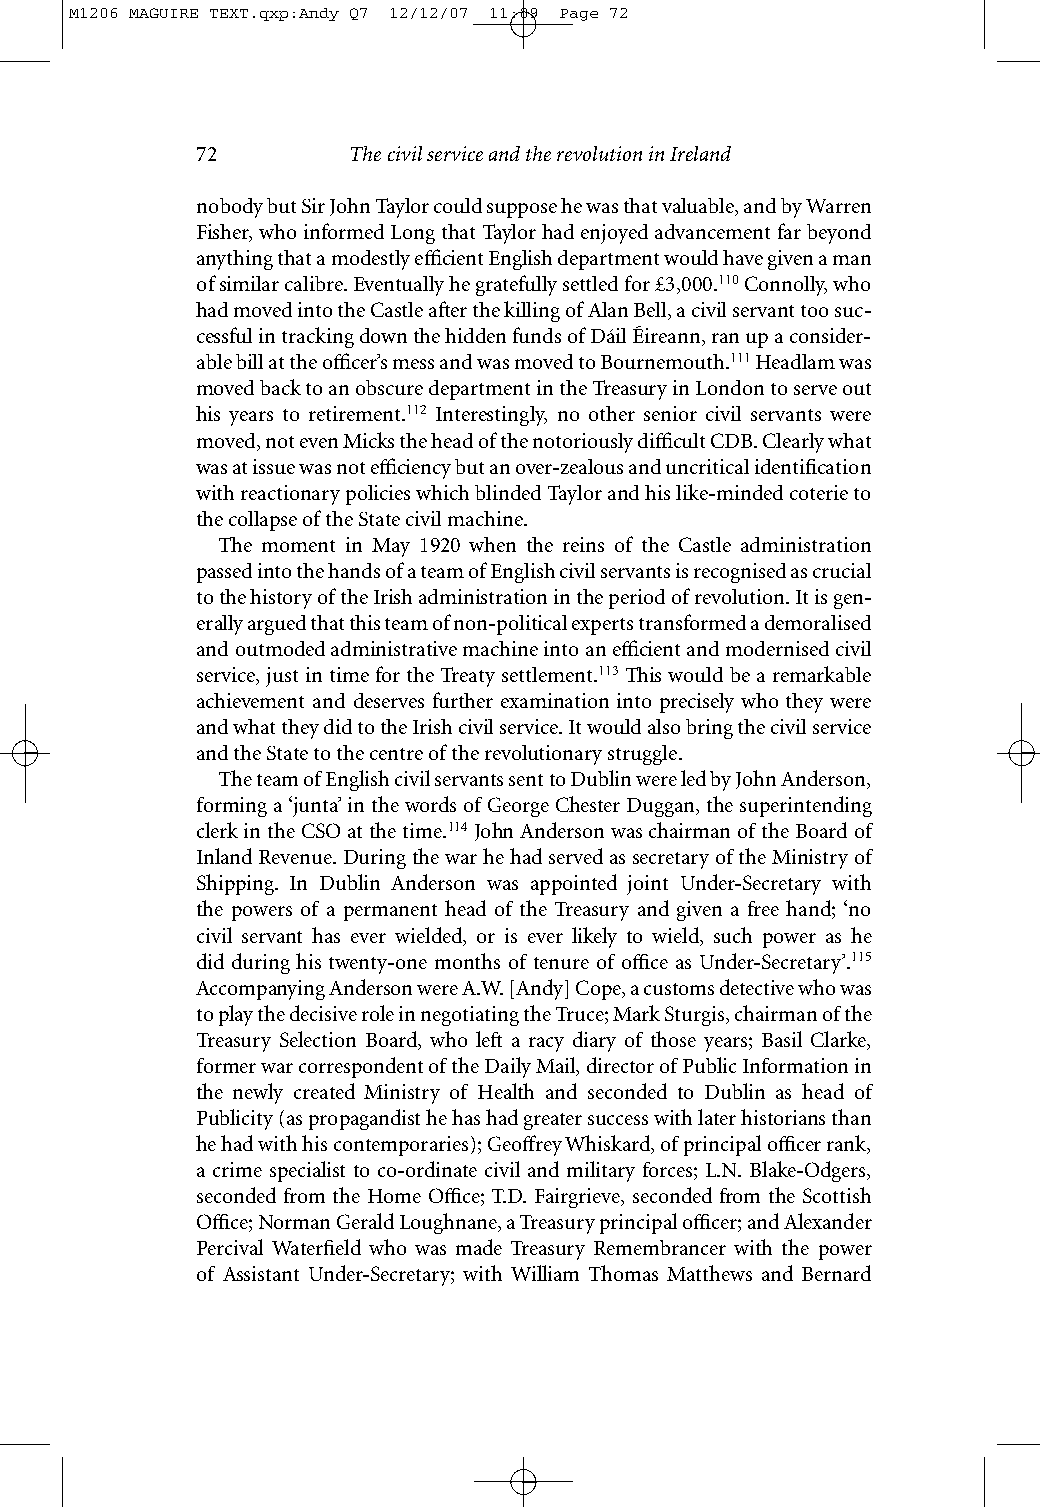
M1206 MAGUIRE TEXT.qxp:Andy Q7 12/12/07 11:09 Page 72
 72        The civil service and the revolution in Ireland
 nobody but Sir John Taylor could suppose he was that valuable, and by Warren
 Fisher, who informed Long that Taylor had enjoyed advancement far beyond
 anything that a modestly efficient English department would have given a man
 of similar calibre. Eventually he gratefully settled for £3,000.110Connolly, who
 had moved into the Castle after the killing of Alan Bell, a civil servant too suc-
 cessful in tracking down the hidden funds of Dáil Éireann, ran up a consider-
 able bill at the officer’s mess and was moved to Bournemouth.111Headlam was
 moved back to an obscure department in the Treasury in London to serve out
 his years to retirement.112 Interestingly, no other senior civil servants were
 moved, not even Micks the head of the notoriously difficult CDB. Clearly what
 was at issue was not efficiency but an over-zealous and uncritical identification
 with reactionary policies which blinded Taylor and his like-minded coterie to
 the collapse of the State civil machine.
 The moment in May 1920 when the reins of the Castle administration
 passed into the hands of a team of English civil servants is recognised as crucial
 to the history of the Irish administration in the period of revolution. It is gen-
 erally argued that this team of non-political experts transformed a demoralised
 and outmoded administrative machine into an efficient and modernised civil
 service, just in time for the Treaty settlement.113This would be a remarkable
 achievement and deserves further examination into precisely who they were
 and what they did to the Irish civil service. It would also bring the civil service
 and the State to the centre of the revolutionary struggle.
 The team of English civil servants sent to Dublin were led by John Anderson,
 forming a ‘junta’ in the words of George Chester Duggan, the superintending
 clerk in the CSO at the time.114John Anderson was chairman of the Board of
 Inland Revenue. During the war he had served as secretary of the Ministry of
 Shipping. In Dublin Anderson was appointed joint Under-Secretary with
 the powers of a permanent head of the Treasury and given a free hand; ‘no
 civil servant has ever wielded, or is ever likely to wield, such power as he
 did during his twenty-one months of tenure of office as Under-Secretary’.115
 Accompanying Anderson were A.W. [Andy] Cope, a customs detective who was
 to play the decisive role in negotiating the Truce; Mark Sturgis, chairman of the
 Treasury Selection Board, who left a racy diary of those years; Basil Clarke,
 former war correspondent of the Daily Mail, director of Public Information in
 the newly created Ministry of Health and seconded to Dublin as head of
 Publicity (as propagandist he has had greater success with later historians than
 he had with his contemporaries); Geoffrey Whiskard, of principal officer rank,
 a crime specialist to co-ordinate civil and military forces; L.N. Blake-Odgers,
 seconded from the Home Office; T.D. Fairgrieve, seconded from the Scottish
 Office; Norman Gerald Loughnane, a Treasury principal officer; and Alexander
 Percival Waterfield who was made Treasury Remembrancer with the power
 of Assistant Under-Secretary; with William Thomas Matthews and Bernard